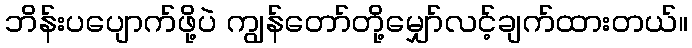
ဘိန်းပပျောက်ဖို့ပဲ ကျွန်တော်တို့မျှော်လင့်ချက်ထားတယ်။